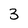
Character: 3